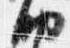
納